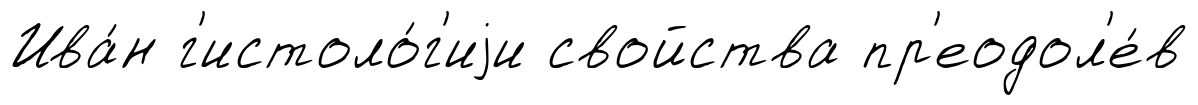
Ива́н г'истоло́г'иjи свойства пр'еодол'е́в